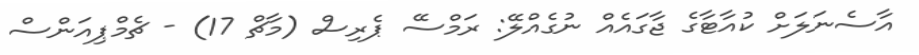
އާސެނަލަށް ކުއާޓާގެ ޖާގައެއް ނުގެއްލޭ: ރަމްސޭ ޕެރިސް (މާޗް 17) - ޗެމްޕިއަންސް